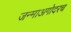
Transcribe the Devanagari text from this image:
जन्माअगोदरच